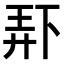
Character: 𫠯